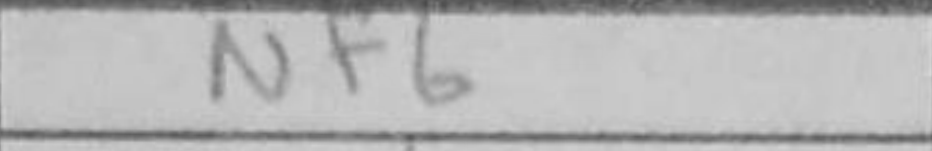
Transcription: Nf6